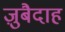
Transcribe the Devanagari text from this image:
ज़ुबैदाह